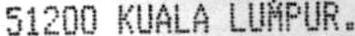
51200 KUALA LUMPUR.